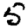
Digit: 5